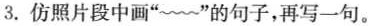
3. 仿照片段中画“~~”的句子，再写一句。